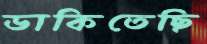
ডাকিতেছি